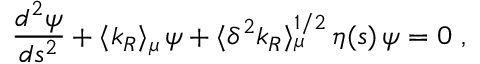
{ \frac { d ^ { 2 } \psi } { d s ^ { 2 } } } + \langle k _ { R } \rangle _ { \mu } \, \psi + \langle \delta ^ { 2 } k _ { R } \rangle _ { \mu } ^ { 1 / 2 } \, \eta ( s ) \, \psi = 0 ~ ,